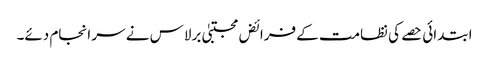
ابتدائی حصے کی نظامت کے فرائض مجتبیٰ برلاس نے سر انجام دئے۔